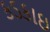
કડકાઇ